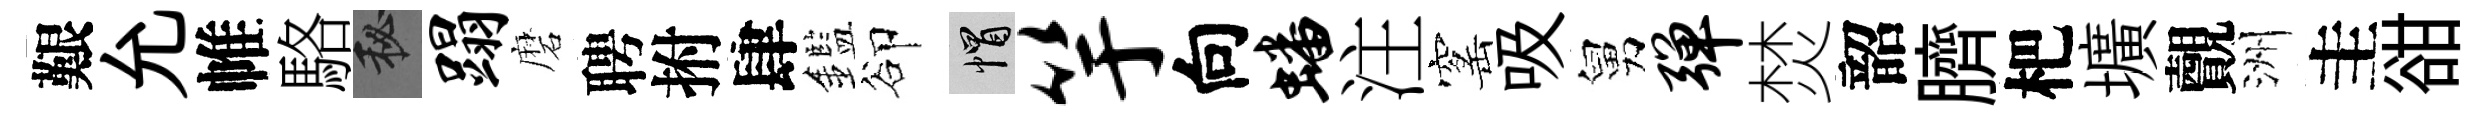
艱允帷駱秘蹋磨聘拊肆鑑卻帽竽向蟠注窰吸舅弹焚韶臍杷壙覿洲圭𧮳